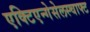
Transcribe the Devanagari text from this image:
एक्टिएन्गेसेलस्चाफ्ट